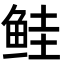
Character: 鲑